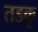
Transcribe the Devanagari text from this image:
तडकू